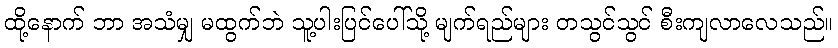
ထို့နောက် ဘာ အသံမျှ မထွက်ဘဲ သူ့ပါးပြင်ပေါ်သို့ မျက်ရည်များ တသွင်သွင် စီးကျလာလေသည်။